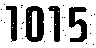
1015